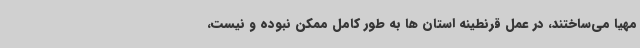
مهیا می‌ساختند، در عمل قرنطینه استان ها به طور کامل ممکن نبوده و نیست،